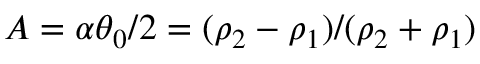
A = \alpha \theta _ { 0 } / 2 = ( \rho _ { 2 } - \rho _ { 1 } ) / ( \rho _ { 2 } + \rho _ { 1 } )